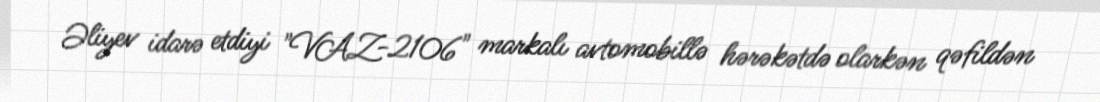
Əliyev idarə etdiyi "VAZ-2106" markalı avtomobillə hərəkətdə olarkən qəfildən